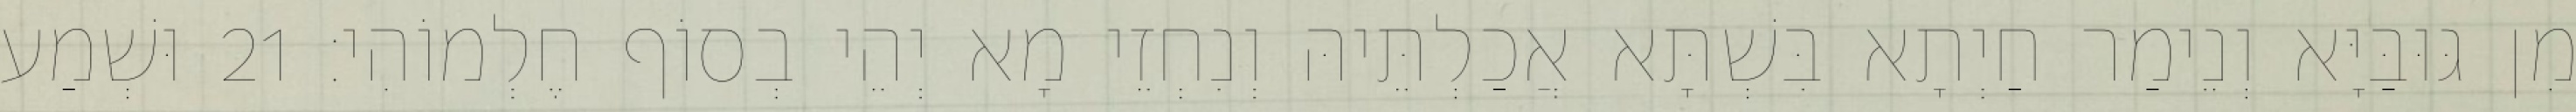
מִן גּוּבַּיָּא וְנֵימַר חַיְתָא בִּשְׁתָּא אֲכַלְתֵּיהּ וְנִחְזֵי מָא יְהֵי בְסוֹף חֶלְמוֹהִי׃ 21 וּשְׁמַע